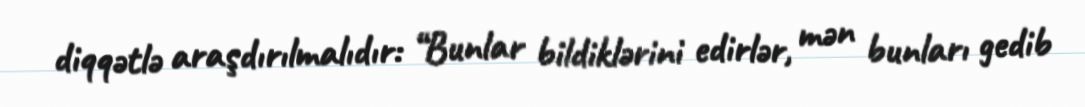
diqqətlə araşdırılmalıdır: “Bunlar bildiklərini edirlər, mən bunları gedib